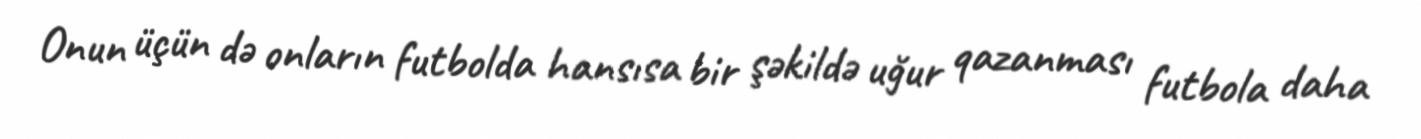
Onun üçün də onların futbolda hansısa bir şəkildə uğur qazanması futbola daha